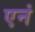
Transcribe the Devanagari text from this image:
एनं